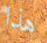
هذا